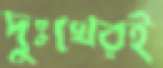
দুঃখেরই